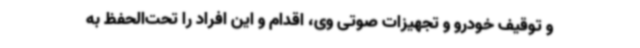
و توقیف خودرو و تجهیزات صوتی وی، اقدام و این افراد را تحت‌الحفظ به